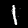
Digit: 1